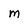
Character: M